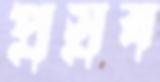
প্রস্রব